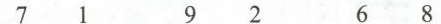
7 1 9 2 6 8